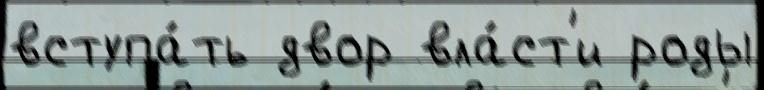
вступа́ть двор вла́ст'и роды